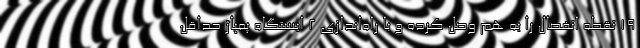
۱۹ نقطه انفصال را به هم وصل کرده و با راه‌اندازی ۲ ایستگاه پمپاژ حداقل